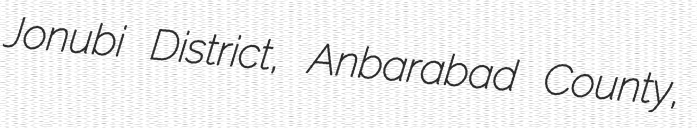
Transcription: Jonubi District, Anbarabad County,